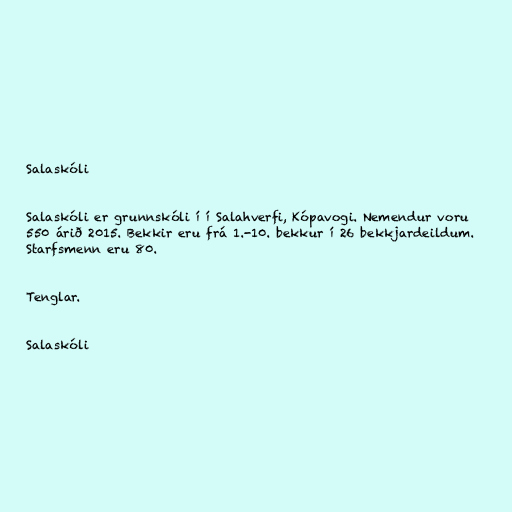
Salaskóli

Salaskóli er grunnskóli í í Salahverfi, Kópavogi. Nemendur voru
550 árið 2015. Bekkir eru frá 1.-10. bekkur í 26 bekkjardeildum.
Starfsmenn eru 80.

Tenglar.

Salaskóli